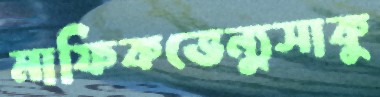
মাফিকভেন্যুসাকু